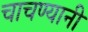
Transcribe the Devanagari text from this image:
चाचण्यानी